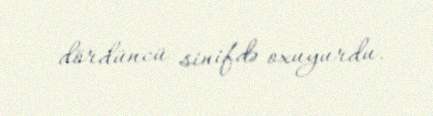
dördüncü sinifdə oxuyurdu.